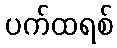
ပက်ထရစ်